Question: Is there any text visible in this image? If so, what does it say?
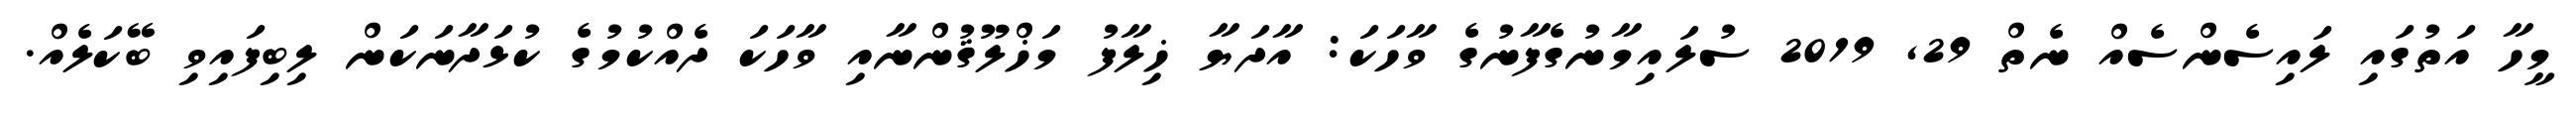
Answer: މީހާ އަތުގައި ލައިސެންސެއް ނެތް 29, 2019 ސުލައިމާނުގެފާނުގެ ވާހަކަ: އާދަޔާ ޚިލާފު މަޚްލޫޤުންނާއި ވާހަކަ ދެއްކުމުގެ ކުޅަދާނަކަން ލިބިފައިވި ބޭކަލެއް.